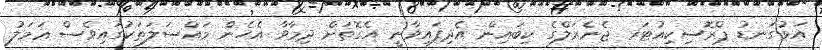
އަޅުގަނޑު ޕްރޮސިކިއުޓަރ ޖެނެރަލްގެ ކިބައިން އެދިފައިވާނީ އެގޮތަށް ދިމާވާ އެހެން މައްސަލަތަކުގައިވެސް ޢަމަލު